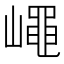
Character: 𡽑